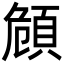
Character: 頠